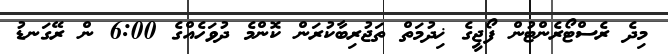
މިދެ ރެސްޓޯރެންޓުން ފޯޖީގެ ޚިދުމަތް ތަޖުރިބާކުރަން ކޮންމެ ދުވަހެއްގެ 6:00 ން ރޭގަނޑު